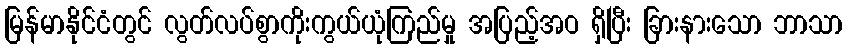
မြန်မာနိုင်ငံတွင် လွတ်လပ်စွာကိုးကွယ်ယုံကြည်မှု အပြည့်အဝ ရှိပြီး ခြားနားသော ဘာသာ